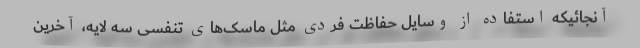
آنجائیکه استفاده از وسایل حفاظت فردی مثل ماسک‌های تنفسی سه لایه، آخرین